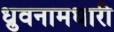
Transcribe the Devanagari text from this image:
ध्रुवनामधारी